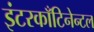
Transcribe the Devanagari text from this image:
इंटरकाँटिनेन्टल